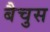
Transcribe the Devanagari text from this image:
बैचुस